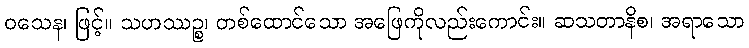
ဝသေန၊ ဖြင့်။ သဟဿဉ္စ၊ တစ်ထောင်သော အဖြေကိုလည်းကောင်း။ ဆသတာနိစ၊ အရာသော